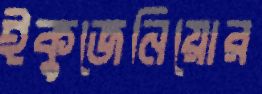
ইকুজেনিয়োর